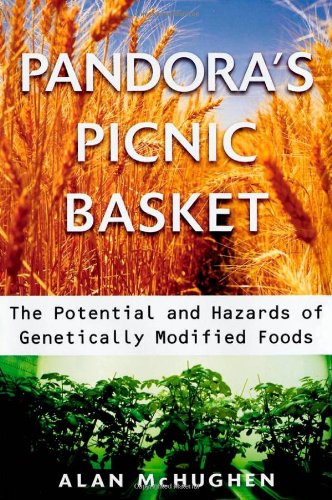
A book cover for Pandora's Picnic Basket: The Potential and Hazards of Genetically Modified Foods; Alan McHughen; Health, Fitness & Dieting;